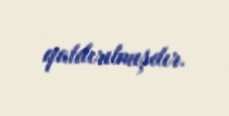
qaldırılmışdır.